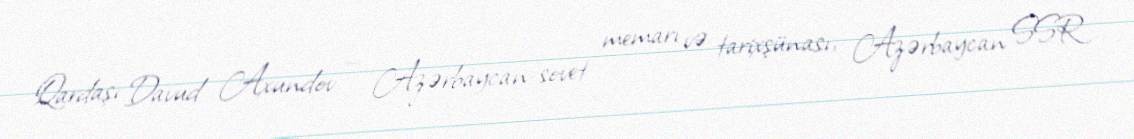
Qardaşı Davud Axundov — Azərbaycan-sovet memarı və tarixşünası, Azərbaycan SSR